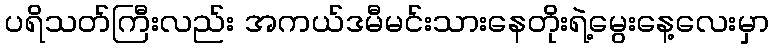
ပရိသတ်ကြီးလည်း အကယ်ဒမီမင်းသားနေတိုးရဲ့မွေးနေ့လေးမှာ